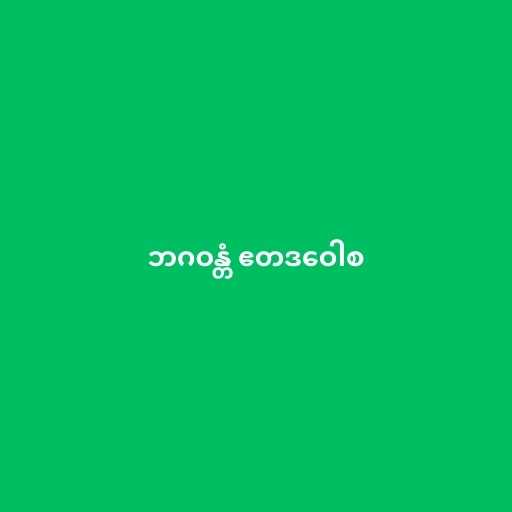
ဘဂဝန္တံ ဧတဒဝေါစ